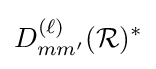
D_{mm'}^{(\ell )}({\mathcal {R}})^{*}